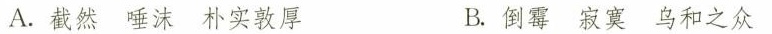
A.截然 唾沫 朴实敦厚 B.倒霉 寂寞 乌合之众